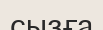
сызға